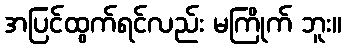
အပြင်ထွက်ရင်လည်း မကြိုက် ဘူး။